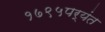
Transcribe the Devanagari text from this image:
१७९५पर्यंत